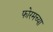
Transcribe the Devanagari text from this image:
फोरमच्या